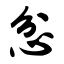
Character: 忿